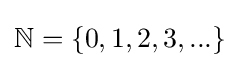
\mathbb {N} =\{0,1,2,3,{\text{...}}\}